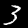
Digit: 3